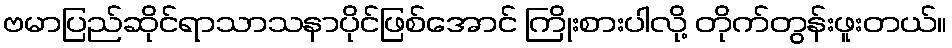
ဗမာပြည်ဆိုင်ရာသာသနာပိုင်ဖြစ်အောင် ကြိုးစားပါလို့ တိုက်တွန်းဖူးတယ်။